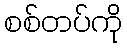
စစ်တပ်ကို